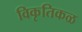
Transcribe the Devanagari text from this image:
विकृतिकळ